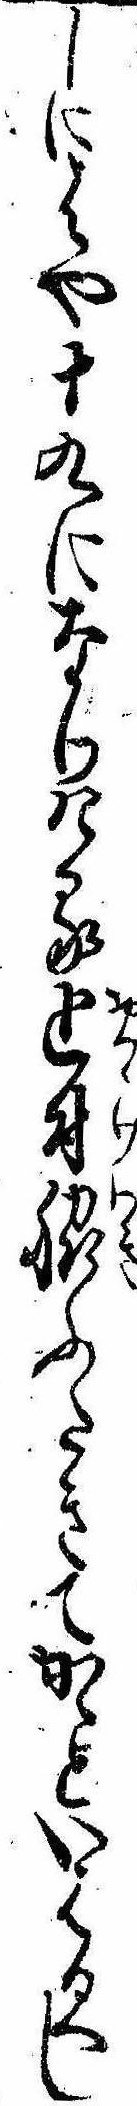
しにはや十九になりける追付脇ふたきてかゝといはるへし